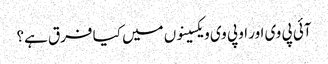
آئی پی وی اور او پی وی ویکسینوں میں کیا فرق ہے؟